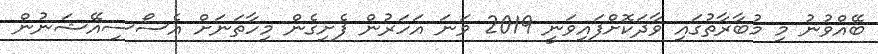
ބޭއްވުނު މި މުބާރާތުގައި ވާދަކޮށްފައިވަނީ 2019 ވަނަ އަހަރުން ފެށިގެން މިހާތަނަށް އެސޯސިއޭޝަނުން